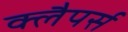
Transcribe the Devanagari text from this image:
क्लैपर्स